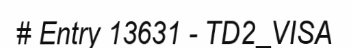
# Entry 13631 - TD2_VISA